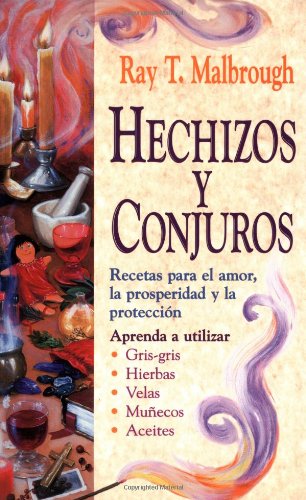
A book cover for Hechizos y conjuros: Recetas para el amor, la prosperidad y la protecciÃ³n (Spanish Edition); Rev Ray T. Malbrough; Crafts, Hobbies & Home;